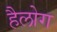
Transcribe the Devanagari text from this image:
हैलोग